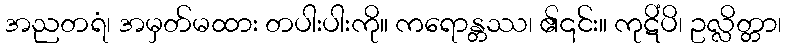
အညတရံ၊ အမှတ်မထား တပါးပါးကို။ ကရောန္တဿ၊ ၏၎င်း။ ကုဋိံပိ၊ ဥလ္လိတ္တာ၊